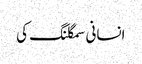
انسانی سمگلنگ کی